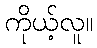
ကိုယ့်လူ။